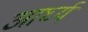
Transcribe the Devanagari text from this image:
आर्घ्य